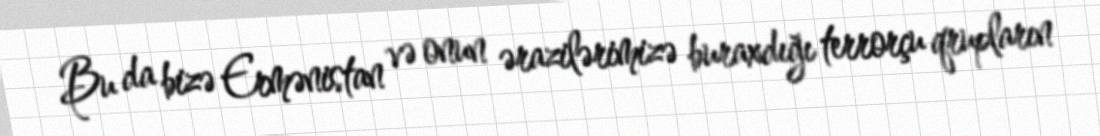
Bu da bizə Ermənistan və onun ərazilərimizə buraxdığı terrorçu qrupların